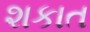
શકાત